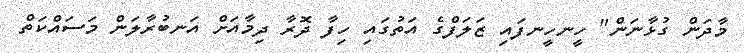
މާދަން ގުޅާނަން" ހީނހީނފައި ޒަލަފްގެ އަތުގައި ހިފާ ދޮރާ ދިމާއަށް އަނބުރާލަން މަސައްކަތް